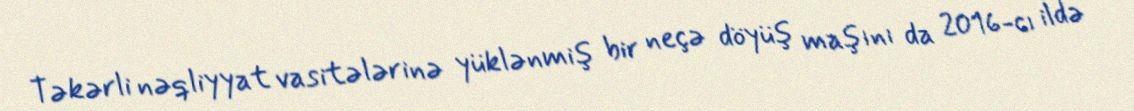
Təkərli nəqliyyat vasitələrinə yüklənmiş bir neçə döyüş maşını da 2016-cı ildə